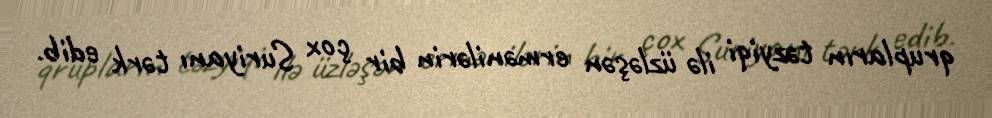
qrupların təzyiqi ilə üzləşən ermənilərin bir çox Suriyanı tərk edib.